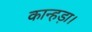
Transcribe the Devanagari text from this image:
कान्हड़ा।